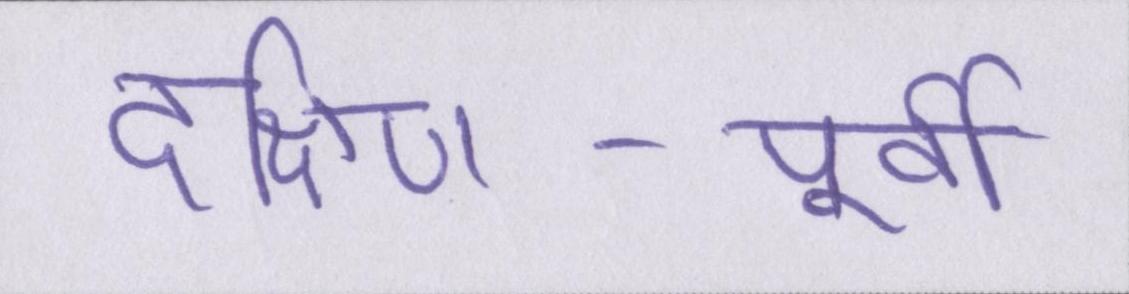
दक्षिण-पूर्वी